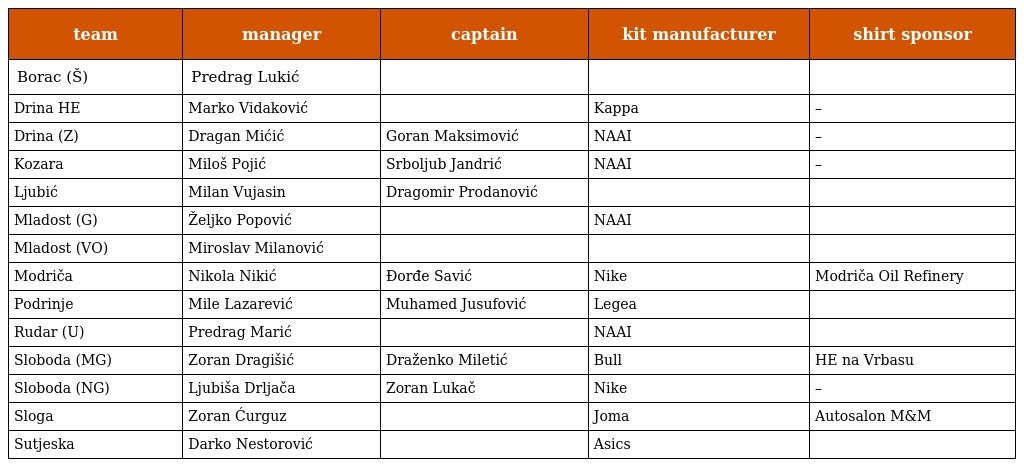
| team | manager | captain | kit manufacturer | shirt sponsor |
 | --- | --- | --- | --- | --- |
 | Borac (Š) | Predrag Lukić |  |  |  |
 | Drina HE | Marko Vidaković |  | Kappa | – |
 | Drina (Z) | Dragan Mićić | Goran Maksimović | NAAI | – |
 | Kozara | Miloš Pojić | Srboljub Jandrić | NAAI | – |
 | Ljubić | Milan Vujasin | Dragomir Prodanović |  |  |
 | Mladost (G) | Željko Popović |  | NAAI |  |
 | Mladost (VO) | Miroslav Milanović |  |  |  |
 | Modriča | Nikola Nikić | Đorđe Savić | Nike | Modriča Oil Refinery |
 | Podrinje | Mile Lazarević | Muhamed Jusufović | Legea |  |
 | Rudar (U) | Predrag Marić |  | NAAI |  |
 | Sloboda (MG) | Zoran Dragišić | Draženko Miletić | Bull | HE na Vrbasu |
 | Sloboda (NG) | Ljubiša Drljača | Zoran Lukač | Nike | – |
 | Sloga | Zoran Ćurguz |  | Joma | Autosalon M&M |
 | Sutjeska | Darko Nestorović |  | Asics |  |